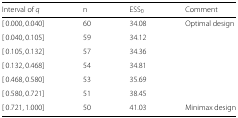
| Interval of q | n | ESS0 | Comment |
 | --- | --- | --- | --- |
 | [0.000,0.040] | 60 | 34.08 | Optimal design |
 | [0.040,0.105] | 59 | 34.12 |  |
 | [0.105,0.132] | 57 | 34.36 |  |
 | [0.132,0.468] | 54 | 34.81 |  |
 | [0.468,0.580] | 53 | 35.69 |  |
 | [0.580,0.721] | 51 | 38.45 |  |
 | [0.721,1.000] | 50 | 41.03 | Minimax design |